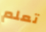
تعلم